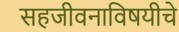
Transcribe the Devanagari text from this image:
सहजीवनाविषयीचे